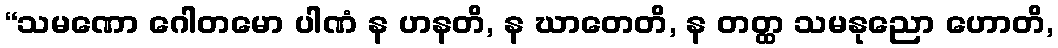
“သမဏော ဂေါတမော ပါဏံ န ဟနတိ, န ဃာတေတိ, န တတ္ထ သမနုညော ဟောတိ,